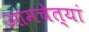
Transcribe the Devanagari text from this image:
आमचेत्यां